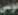
موسى